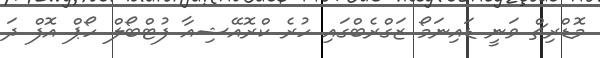
މޮޑްރިޗް ވަނީ ޑައިނަމޯ ޒަގްރެބްގައި ހުރެ ކްރޮއޭޝިއާ ފުޓްބޯލް ހޯޕް އޮފް ދަ